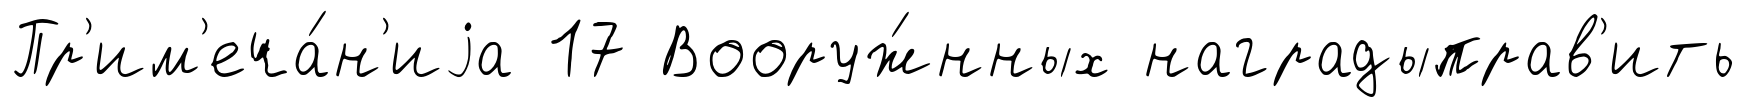
Пр'им'еча́н'иjа 17 Вооруж́нных наградыправ'ить